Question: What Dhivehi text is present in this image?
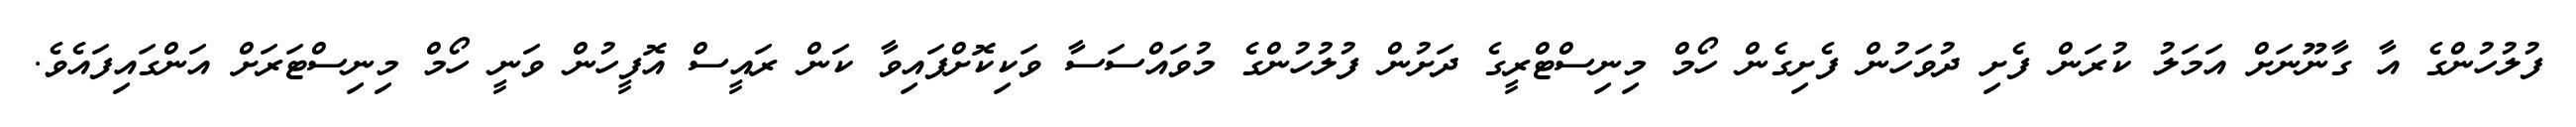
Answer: ފުލުހުންގެ އާ ގާނޫނަށް އަމަލު ކުރަން ފެށި ދުވަހުން ފެށިގެން ހޯމް މިނިސްޓްރީގެ ދަށުން ފުލުހުންގެ މުވައްސަސާ ވަކިކޮށްފައިވާ ކަން ރައީސް އޮފީހުން ވަނީ ހޯމް މިނިސްޓަރަށް އަންގައިފައެވެ.